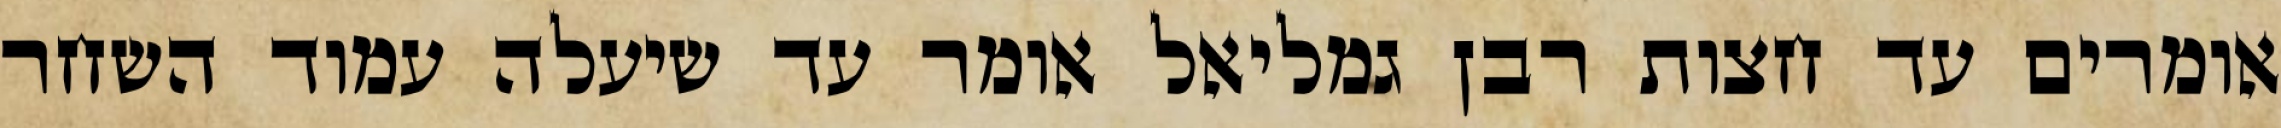
אומרים עד חצות רבן גמליאל אומר עד שיעלה עמוד השחר